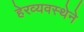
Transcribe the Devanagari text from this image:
हेरव्यवस्थेने